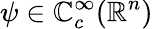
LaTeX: \psi\in\mathbb{C}_{c}^{\infty}(\mathbb{R}^{n})